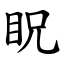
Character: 眖